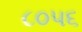
૮૦૫૬